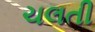
ચલતી